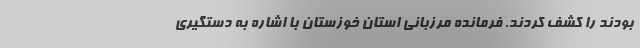
بودند را کشف کردند. فرمانده مرزبانی استان خوزستان با اشاره به دستگیری